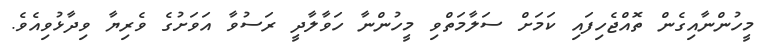
މީހުންނާއިގެން ތޮއްޖެހިފައި ކަމަށް ސަލާމަތްވި މީހުންނާ ހަވާލާދީ ރަސުވާ އަވަށުގެ ވެރިޔާ ވިދާޅުވިއެވެ.